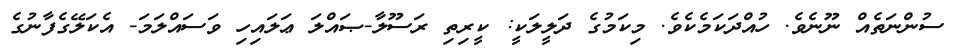
ސުންނަތެއް ނޫނެވެ. ހުއްދަކަމެކެވެ. މިކަމުގެ ދަލީލަކީ: ކީރިތި ރަސޫލާ-ޞައްލަ ޢަލައިހި ވަސައްލަމަ- އެކަލޭގެފާނުގެ